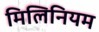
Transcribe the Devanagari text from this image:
मिलिनियम